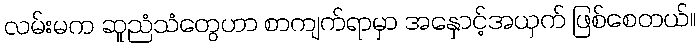
လမ်းမက ဆူညံသံတွေဟာ စာကျက်ရာမှာ အနှောင့်အယှက် ဖြစ်စေတယ်။